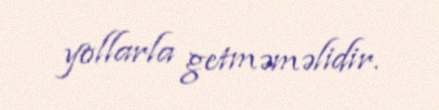
yollarla getməməlidir.